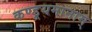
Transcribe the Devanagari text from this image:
कण्डूयमानाम्